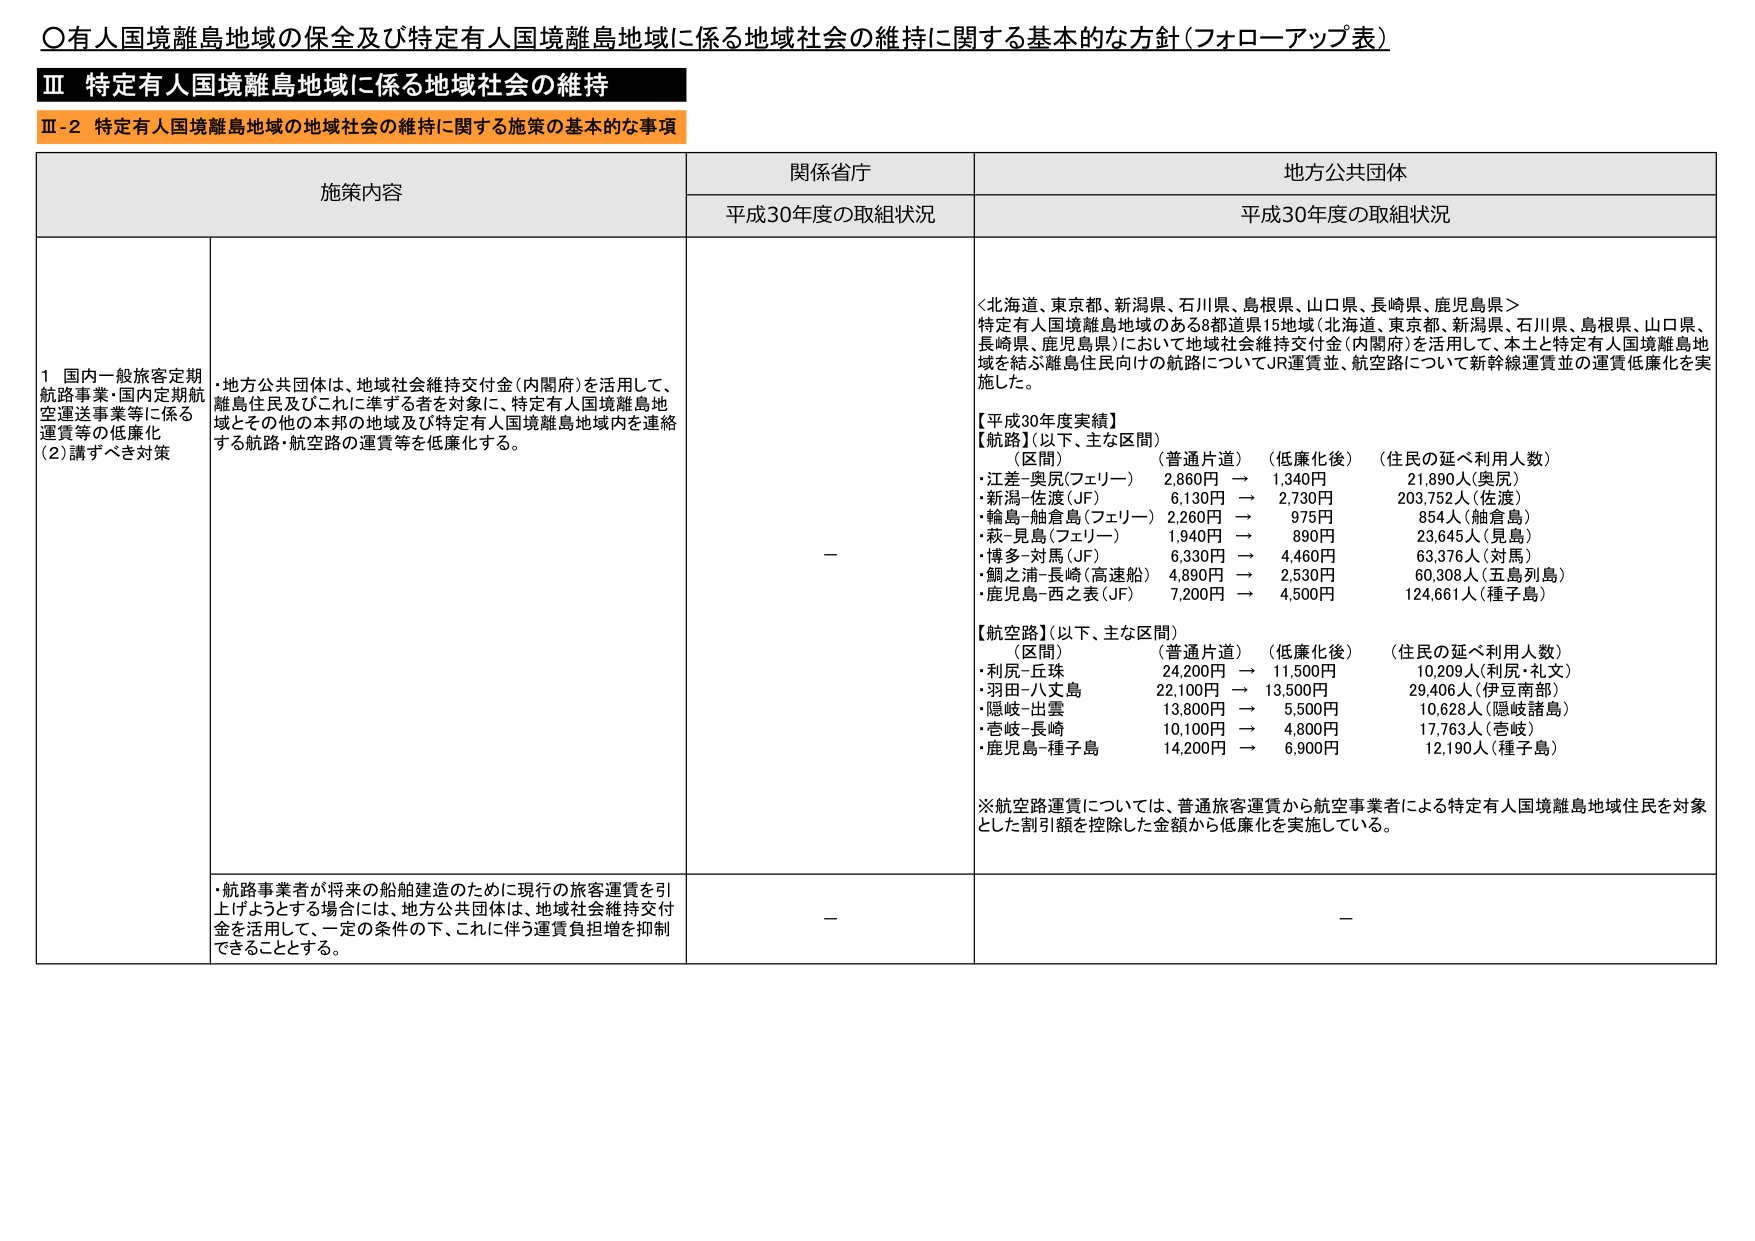
〇有人国境離島地域の保全及び特定有人国境離島地域に係る地域社会の維持に関する基本的な方針（フォローアップ表）

Ⅲ 特定有人国境離島地域に係る地域社会の維持

Ⅲ-2 特定有人国境離島地域の地域社会の維持に関する施策の基本的な事項

施策内容 関係省庁 地方公共団体
平成30年度の取組状況 平成30年度の取組状況

1 国内一般旅客定期航路事業・国内定期航空運送事業等に係る運賃等の低廉化
(2) 請すべき対策
・地方公共団体は、地域社会維持交付金（内閣府）を活用して、離島住民及びこれに準ずる者を対象に、特定有人国境離島地域とその他の本邦の地域及び特定有人国境離島地域内を連絡する航路・航空路の運賃等を低廉化する。

＜北海道、東京都、新潟県、石川県、島根県、山口県、長崎県、鹿児島県＞
特定有人国境離島地域のある8都道県15地域（北海道、東京都、新潟県、石川県、島根県、山口県、長崎県、鹿児島県）において地域社会維持交付金（内閣府）を活用して、本土と特定有人国境離島地域を結ぶ離島住民向けの航路についてJR運賃並、航空路について新幹線運賃並の運賃低廉化を実施した。

【平成30年度実績】
【航路】（以下、主な区間）
（区間） （普通片道） （低廉化後） （住民の延べ利用人数）
・江差－奥尻（フェリー） 2,860円 → 1,340円 21,890人（奥尻）
・新潟－佐渡（JF） 6,130円 → 2,730円 203,752人（佐渡）
・輪島－舳倉島（フェリー） 2,260円 → 975円 854人（舳倉島）
・萩－見島（フェリー） 1,940円 → 890円 23,645人（見島）
・博多－対馬（JF） 6,330円 → 4,460円 63,376人（対馬）
・鯛之浦－長崎（高速船） 4,890円 → 2,530円 60,308人（五島列島）
・鹿児島－西之表（JF） 7,200円 → 4,500円 124,661人（種子島）

【航空路】（以下、主な区間）
（区間） （普通片道） （低廉化後） （住民の延べ利用人数）
・利尻－丘珠 24,200円 → 11,500円 10,209人（利尻・礼文）
・羽田－八丈島 22,100円 → 13,500円 29,406人（伊豆南部）
・隠岐－出雲 13,800円 → 5,500円 10,628人（隠岐諸島）
・壱岐－長崎 10,100円 → 4,800円 17,763人（壱岐）
・鹿児島－種子島 14,200円 → 6,900円 12,190人（種子島）

※航空路運賃については、普通旅客運賃から航空事業者による特定有人国境離島地域住民を対象とした割引額を控除した金額から低廉化を実施している。

・航路事業者が将来の船舶建造のために現行の旅客運賃を引上げようとする場合には、地方公共団体は、地域社会維持交付金を活用して、一定の条件の下、これに伴う運賃負担増を抑制できることとする。